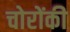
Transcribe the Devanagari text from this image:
चोरोंकी